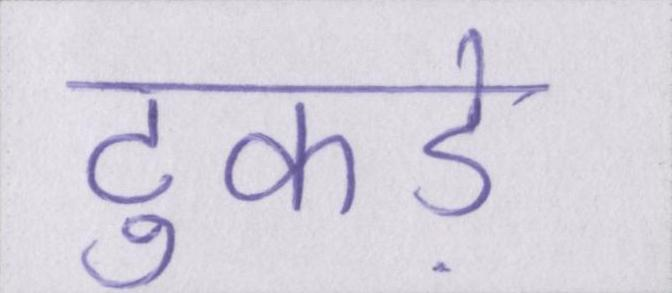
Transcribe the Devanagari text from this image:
टुकड़े